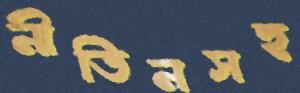
নীতিনসহ